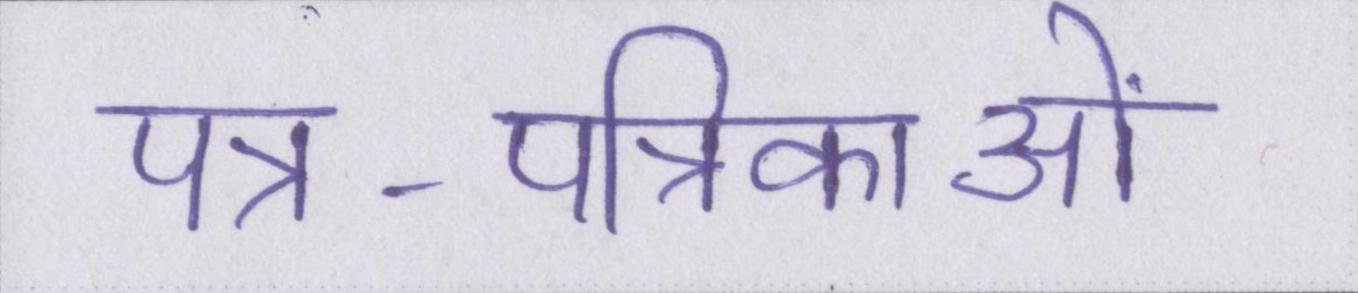
पत्र-पत्रिकाओं